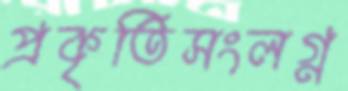
প্রকৃতিসংলগ্ন